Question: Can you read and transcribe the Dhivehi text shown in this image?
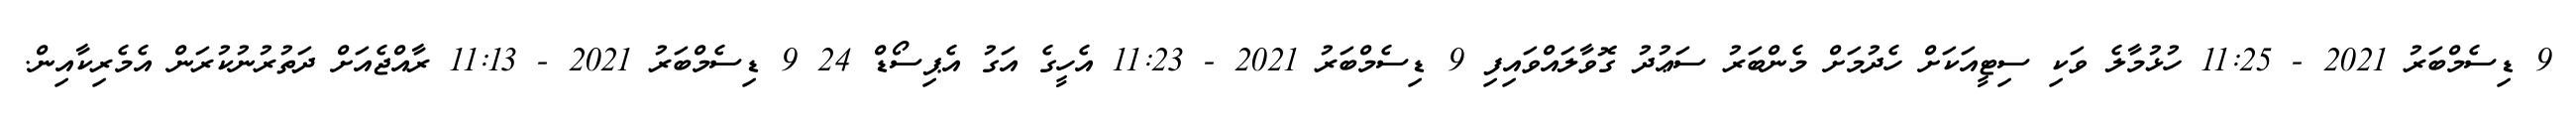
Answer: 9 ޑިސެމްބަރު 2021 - 11:25 ހުޅުމާލެ ވަކި ސިޓީއަކަށް ހެދުމަށް މެންބަރު ސަޢުދު ގޮވާލައްވައިފި 9 ޑިސެމްބަރު 2021 - 11:23 އެހީގެ އަގު އެޕިސޯޑް 24 9 ޑިސެމްބަރު 2021 - 11:13 ރާއްޖެއަށް ދަތުރުނުކުރަން އެމެރިކާއިން.